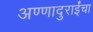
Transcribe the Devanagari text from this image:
अण्णादुराईंचा